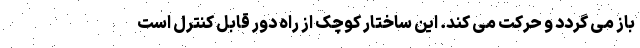
باز می گردد و حرکت می کند. این ساختار کوچک از راه دور قابل کنترل است